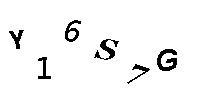
Y16S7G